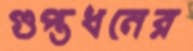
গুপ্তধনের